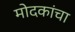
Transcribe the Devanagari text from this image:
मोदकांचा